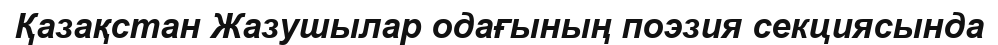
Қазақстан Жазушылар одағының поэзия секциясында